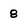
Character: 8